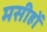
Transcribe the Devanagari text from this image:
मसीहों